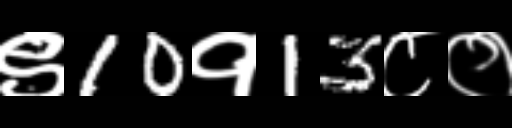
Text: ९10१13८०